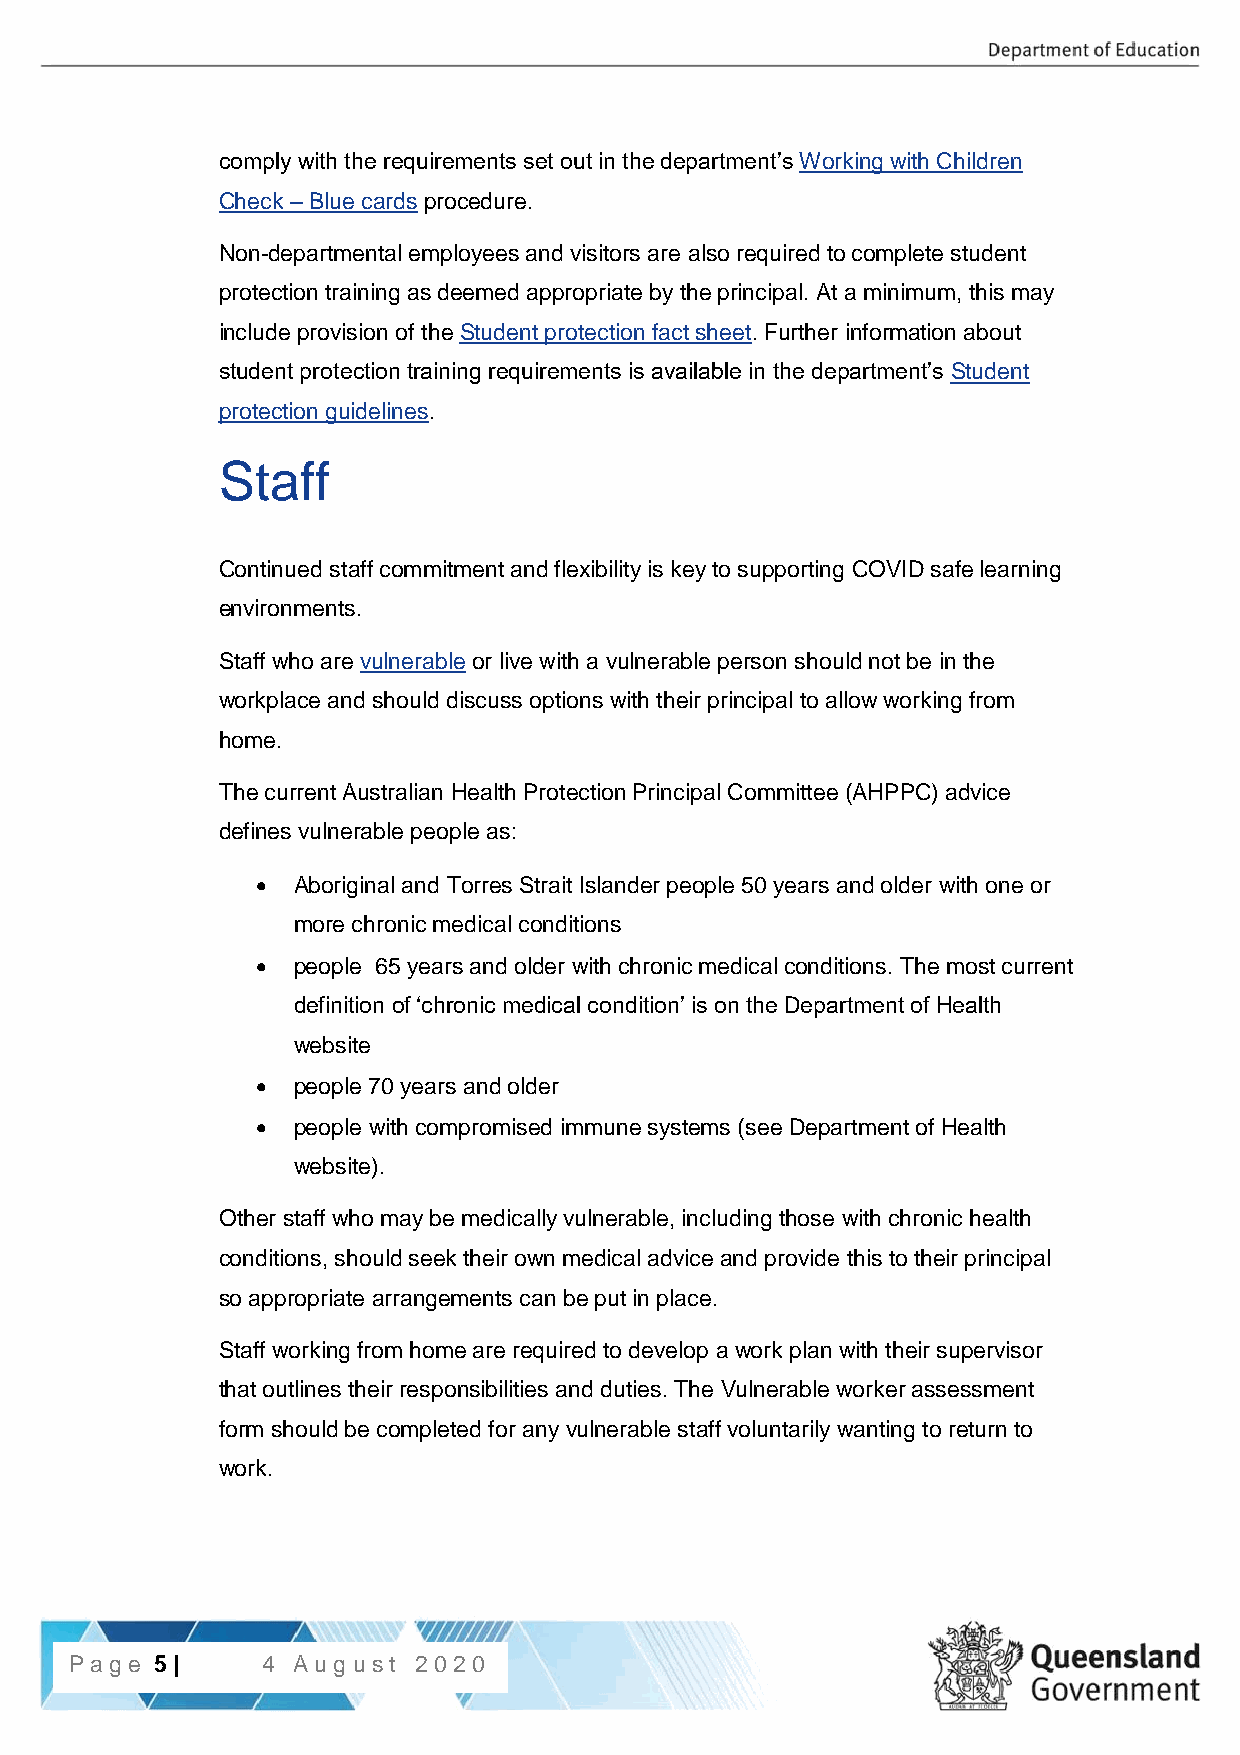
comply with the requirements set out in the department’s Working with Children
 Check – Blue cards procedure.
 Non-departmental employees and visitors are also required to complete student
 protection training as deemed appropriate by the principal. At a minimum, this may
 include provision of the Student protection fact sheet. Further information about
 student protection training requirements is available in the department’s Student
 protection guidelines.
 Staff
 Continued staff commitment and flexibility is key to supporting COVID safe learning
 environments.
 Staff who are vulnerable or live with a vulnerable person should not be in the
 workplace and should discuss options with their principal to allow working from
 home.
 The current Australian Health Protection Principal Committee (AHPPC) advice
 defines vulnerable people as:
  Aboriginal and Torres Strait Islander people 50 years and older with one or
 more chronic medical conditions
  people 65 years and older with chronic medical conditions. The most current
 definition of ‘chronic medical condition’ is on the Department of Health
 website
  people 70 years and older
  people with compromised immune systems (see Department of Health
 website).
 Other staff who may be medically vulnerable, including those with chronic health
 conditions, should seek their own medical advice and provide this to their principal
 so appropriate arrangements can be put in place.
 Staff working from home are required to develop a work plan with their supervisor
 that outlines their responsibilities and duties. The Vulnerable worker assessment
 form should be completed for any vulnerable staff voluntarily wanting to return to
 work.
 P5a | gPea g5 e| 4 Aug ust 2020